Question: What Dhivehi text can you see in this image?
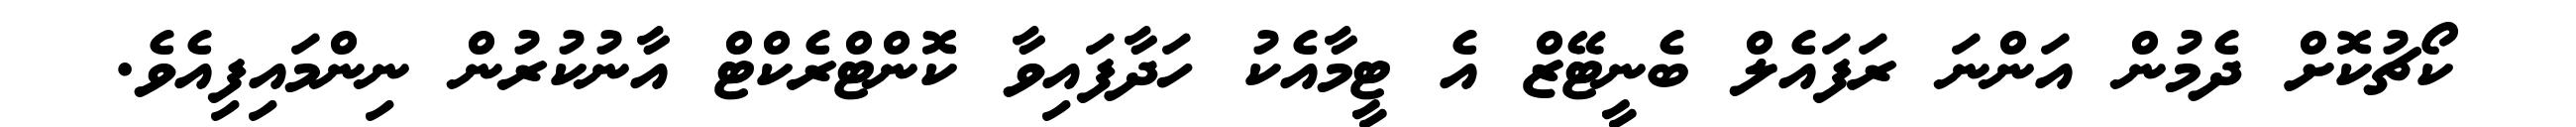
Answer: ކޯޗުކޮށް ދެމުން އަންނަ ރަފައެލް ބެނީޓޭޒް އެ ޓީމާއެކު ހަދާފައިވާ ކޮންޓްރެކްޓް އާނުކުރުން ނިންމައިފިއެވެ.